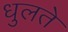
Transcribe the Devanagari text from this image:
धुलते